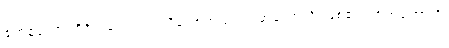
ဧတံဧသောပရိဝိတက္ကော၊ ဤသို့သောအံသည်။ အဟောသိ၊ ဖြစ်၏။ ကိံအဟောသိ၊